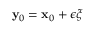
{ \bf y } _ { 0 } = { \bf x } _ { 0 } + \epsilon \boldsymbol { \xi }